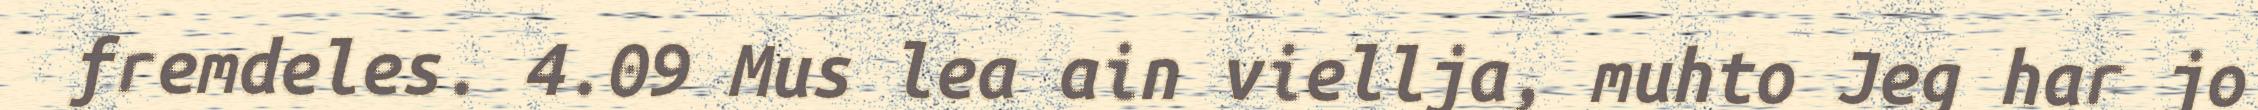
fremdeles. 4.09 Mus lea ain viellja, muhto Jeg har jo